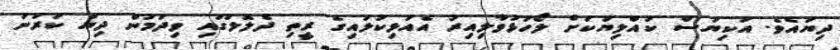
ދިޔައެވެ. އަކިޔަސް ކުއްލިޔަކަށް ލޯހުޅުވާލިއިރު އެއަޅިކުލައިގެ ރީތި ދެލޮލުގައި ވިދަމުން ދިޔަ ކަރުނަ